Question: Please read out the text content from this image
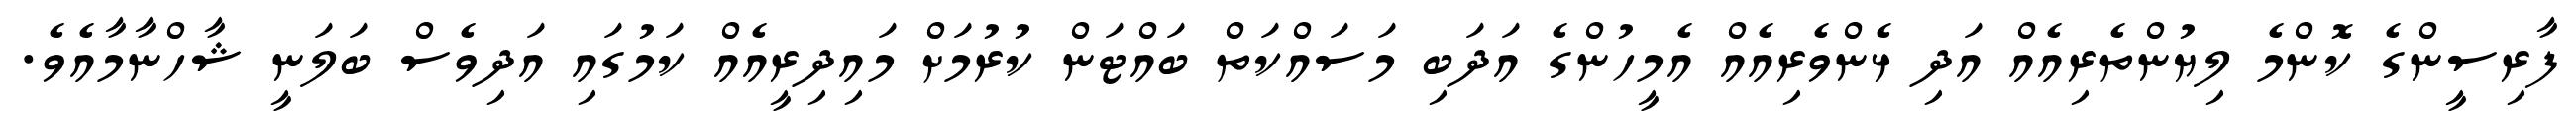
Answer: ފާރިސީންގެ ކޮންމެ ލިޔުންތެރިއެއް އަދި ޅެންވެރިއެއް އެމީހުންގެ އަދަބި މަސައްކަތް ބައްޓަން ކުރުމަށް މައިދިރީއެއް ކަމުގައި އަދިވެސް ބަލަނީ ޝާހްނާމާއެވެ.